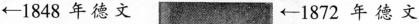
\leftarrow1848年德文 \leftarrow1872年德文